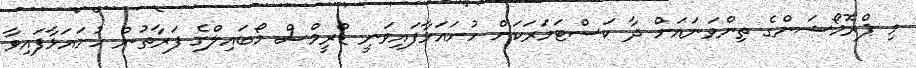
މި ޕްރޮމޯޝަންގެ ތިންވަނައަށް ދާ ކަސްޓަމަރަކަށް ހުށައަޅާފައިވަނީ ޑްރީމްސް މޯބައިލްގެ ފަރާތުން ހުށައަޅާފައިވާ